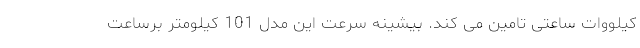
کیلووات ساعتی تامین می کند. بیشینه سرعت این مدل 101 کیلومتر برساعت